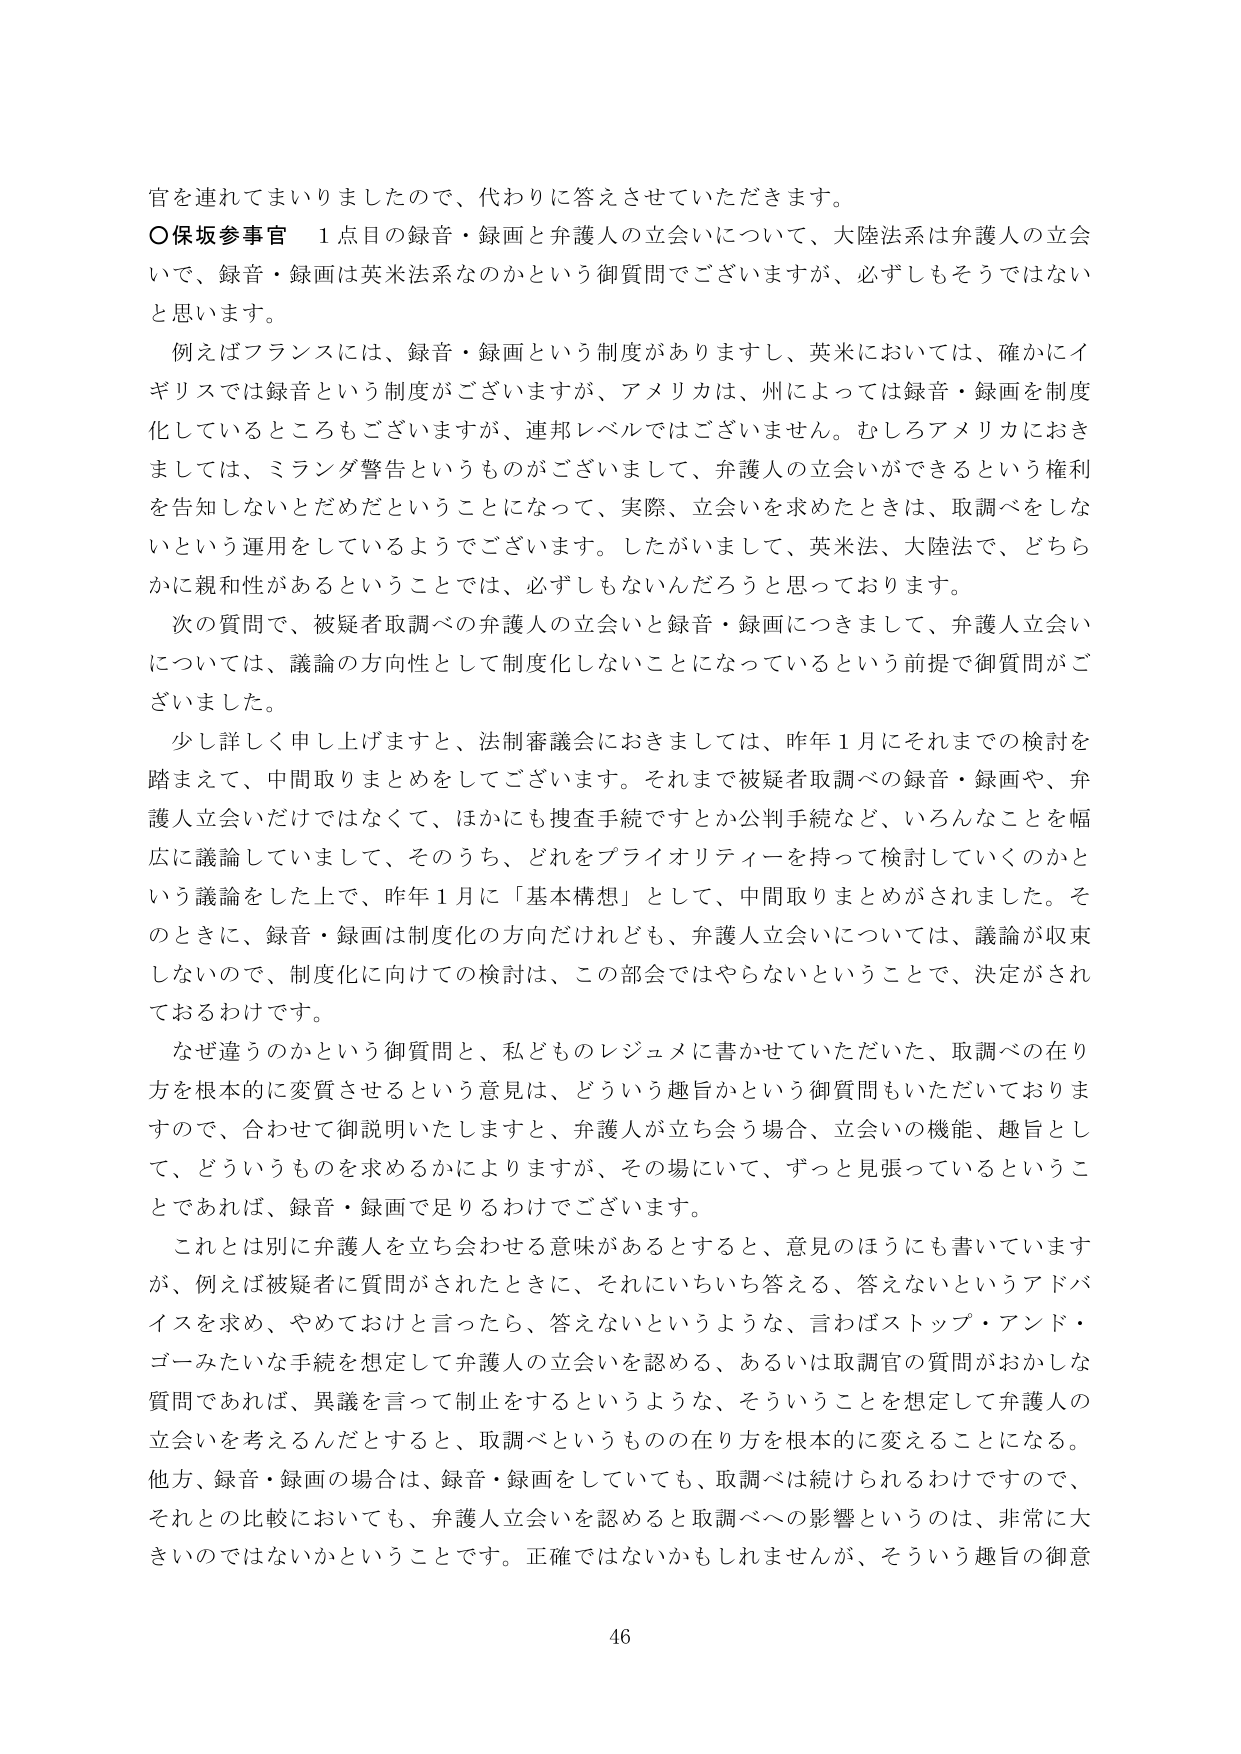
官を連れてまいりましたので、代わりに答えさせていただきます。

〇保坂参事官　1点目の録音・録画と弁護人の立会いについて、大陸法系は弁護人の立会いで、録音・録画は英米法系なのかという御質問でございますが、必ずしもそうではないと思います。

　例えばフランスには、録音・録画という制度がありますし、英米においては、確かにイギリスでは録音という制度がございますが、アメリカは、州によっては録音・録画を制度化しているところもございますが、連邦レベルではございません。むしろアメリカにおきましては、ミランダ警告というものがございまして、弁護人の立会いができるという権利を告知しないとだめだということになって、実際、立会いを求めたときは、取調べをしないという運用をしているようでございます。したがいまして、英米法、大陸法で、どちらかに親和性があるということでは、必ずしもないんだろうと思っております。

　次の質問で、被疑者取調べの弁護人の立会いと録音・録画につきまして、弁護人立会いについては、議論の方向性として制度化しないことになっているという前提で御質問がございました。

　少し詳しく申し上げますと、法制審議会におきましては、昨年1月にそれまでの検討を踏まえて、中間取りまとめをしてございます。それまで被疑者取調べの録音・録画や、弁護人立会いだけではなくて、ほかにも捜査手続ですとか公判手続など、いろんなことを幅広に議論していまして、そのうち、どれをプライオリティを持って検討していくのかという議論をした上で、昨年1月に「基本構想」として、中間取りまとめがされました。そのときに、録音・録画は制度化の方向だけれども、弁護人立会いについては、議論が収束しないので、制度化に向けての検討は、この部会ではやらないということで、決定がされております。

　なぜ違うのかという御質問と、私どものレジュメに書かせていただいた、取調べの在り方を根本的に変質させるという意見は、どういう趣旨かという御質問もいただいておりますので、合わせて御説明いたしますと、弁護人が立ち会う場合、立会いの機能、趣旨として、どういうものを求めるかによりますが、その場にいて、ずっと見張っているということであれば、録音・録画で足りるわけでございます。

　これとは別に弁護人を立ち会わせる意味があるとすると、意見のほうにも書いていますが、例えば被疑者に質問がされたときに、それにいちいち答える、答えないとというアドバイスを求め、やめておけと言ったら、答えないというような、言わばストップ・アンド・ゴーみたいな手続を想定して弁護人の立会いを認める、あるいは取調官の質問がおかしな質問であれば、異議を言って制止をするというような、そういうことを想定して弁護人の立会いを考えるんだとすると、取調べというものの在り方を根本的に変えることになる。他方、録音・録画の場合は、録音・録画をしていても、取調べは続けられるわけですので、それとの比較においても、弁護人立会いを認めると取調べへの影響というのは、非常に大きいのではないでしょうかということです。正確ではないかもしれませんが、そういう趣旨の御意

46